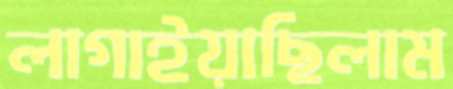
লাগাইয়াছিলাম